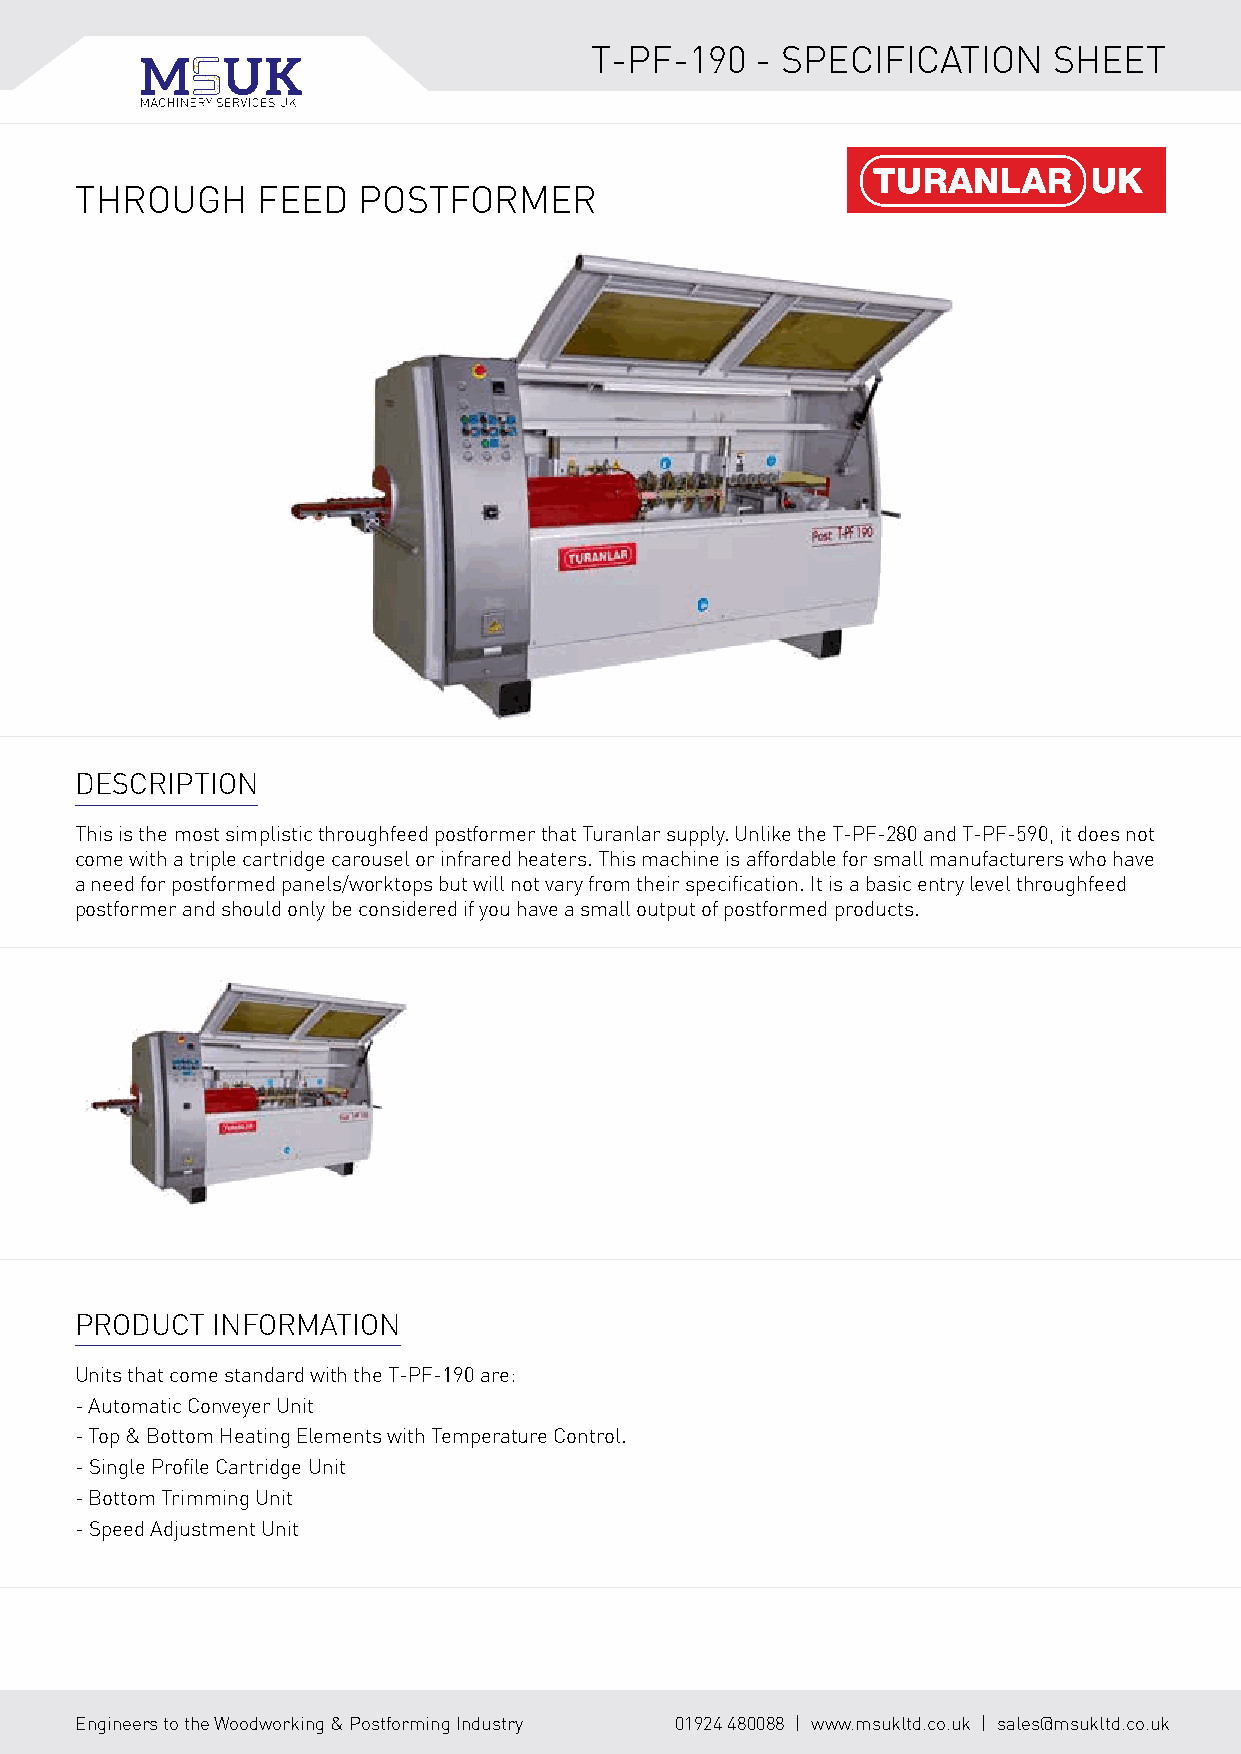
T-PF-190   - SPECIFICATION     SHEET
 THROUGH     FEED   POSTFORMER
 DESCRIPTION
 This is the most simplistic throughfeed postformer that Turanlar supply. Unlike the T-PF-280 and T-PF-590, it does not
 come with a triple cartridge carousel or infrared heaters. This machine is affordable for small manufacturers who have
 a need for postformed panels/worktops but will not vary from their specification. It is a basic entry level throughfeed
 postformer and should only be considered if you have a small output of postformed products.
 PRODUCT  INFORMATION
 Units that come standard with the T-PF-190 are:
 - Automatic Conveyer Unit
 - Top & Bottom Heating Elements with Temperature Control.
 - Single Profile Cartridge Unit
 - Bottom Trimming Unit
 - Speed Adjustment Unit
 Engineers to the Woodworking & Postforming Industry 01924 480088 | www.msukltd.co.uk | sales@msukltd.co.uk